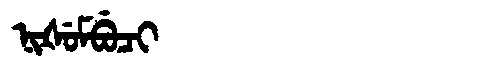
Manchu: ᠨᡳᡧᡠᠮᠪᡠᠴᡳ
Romanization: NIŠUMBUCI